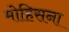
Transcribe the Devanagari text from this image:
मोहिसना